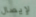
لإيصال